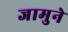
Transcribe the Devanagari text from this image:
जामुने